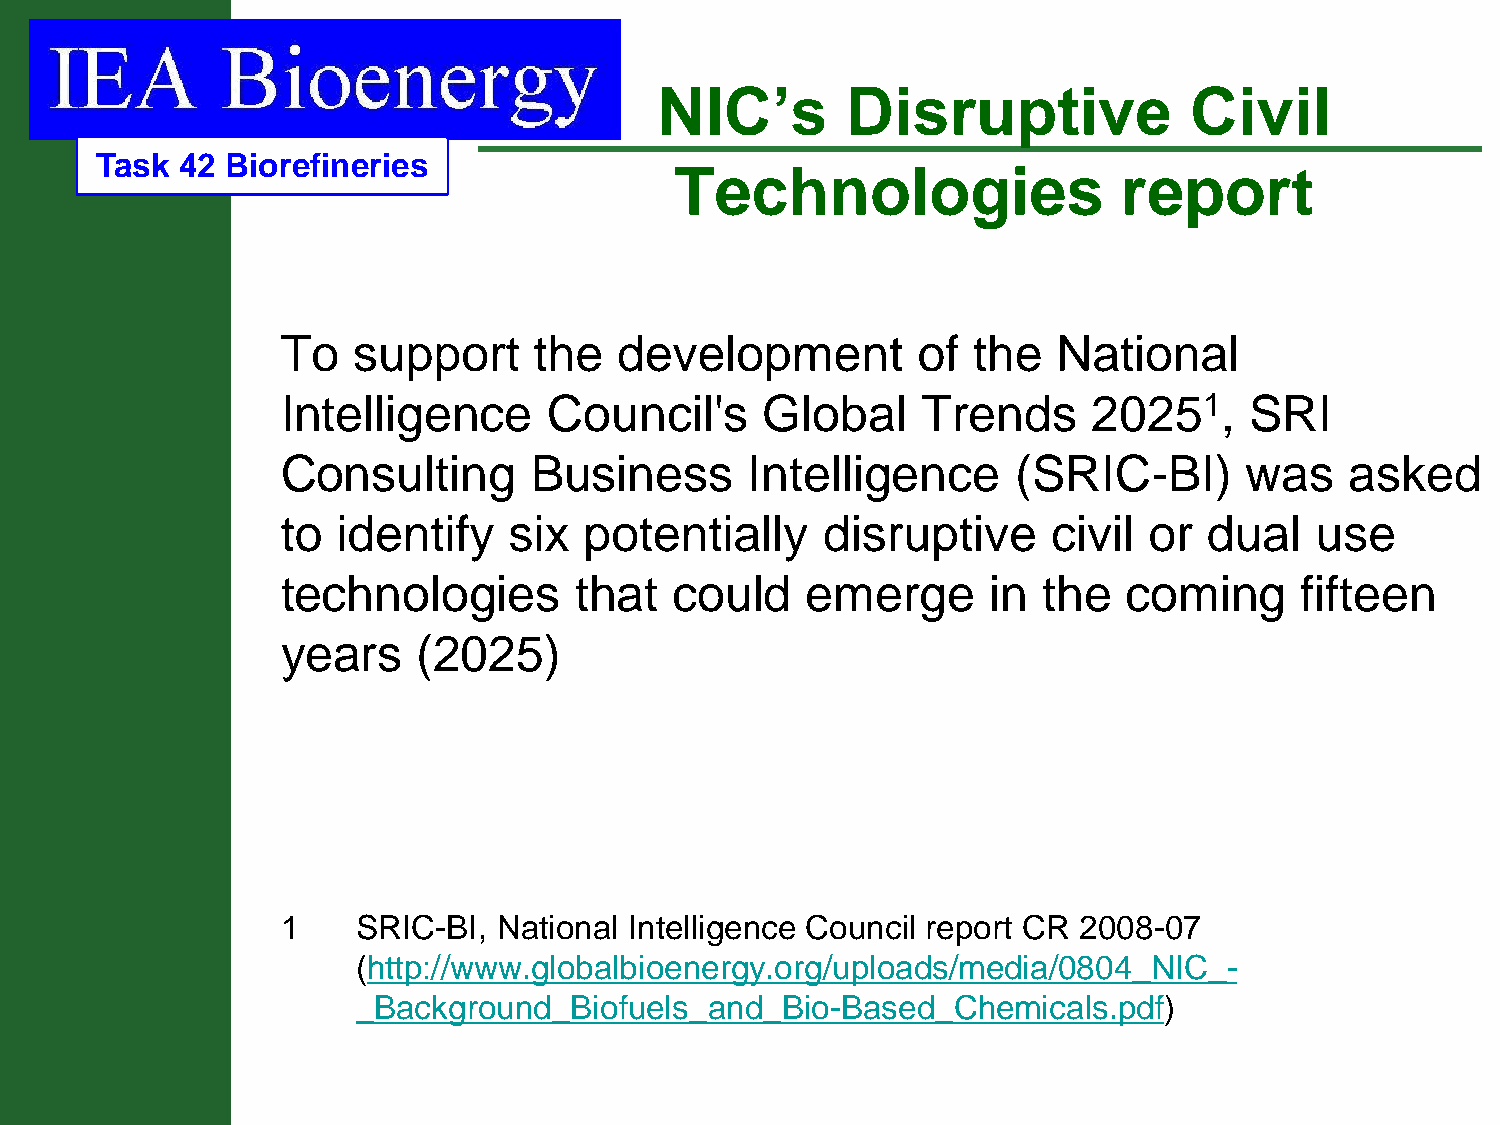
NIC’s       Disruptive             Civil
 Task  42 Biorefineries
 Technologies                 report
 To  support     the   development         of the   National
 Intelligence     Council's      Global    Trends     20251,     SRI
 Consulting      Business       Intelligence     (SRIC-BI)      was    asked
 to identify    six  potentially    disruptive      civil or  dual   use
 technologies       that   could   emerge       in the   coming     fifteen
 years    (2025)
 1    SRIC-BI, National Intelligence Council report CR 2008-07
 (http://www.globalbioenergy.org/uploads/media/0804_NIC_-
 _Background_Biofuels_and_Bio-Based_Chemicals.pdf)